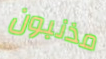
مذنبون